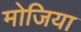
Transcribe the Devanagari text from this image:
मोजिया